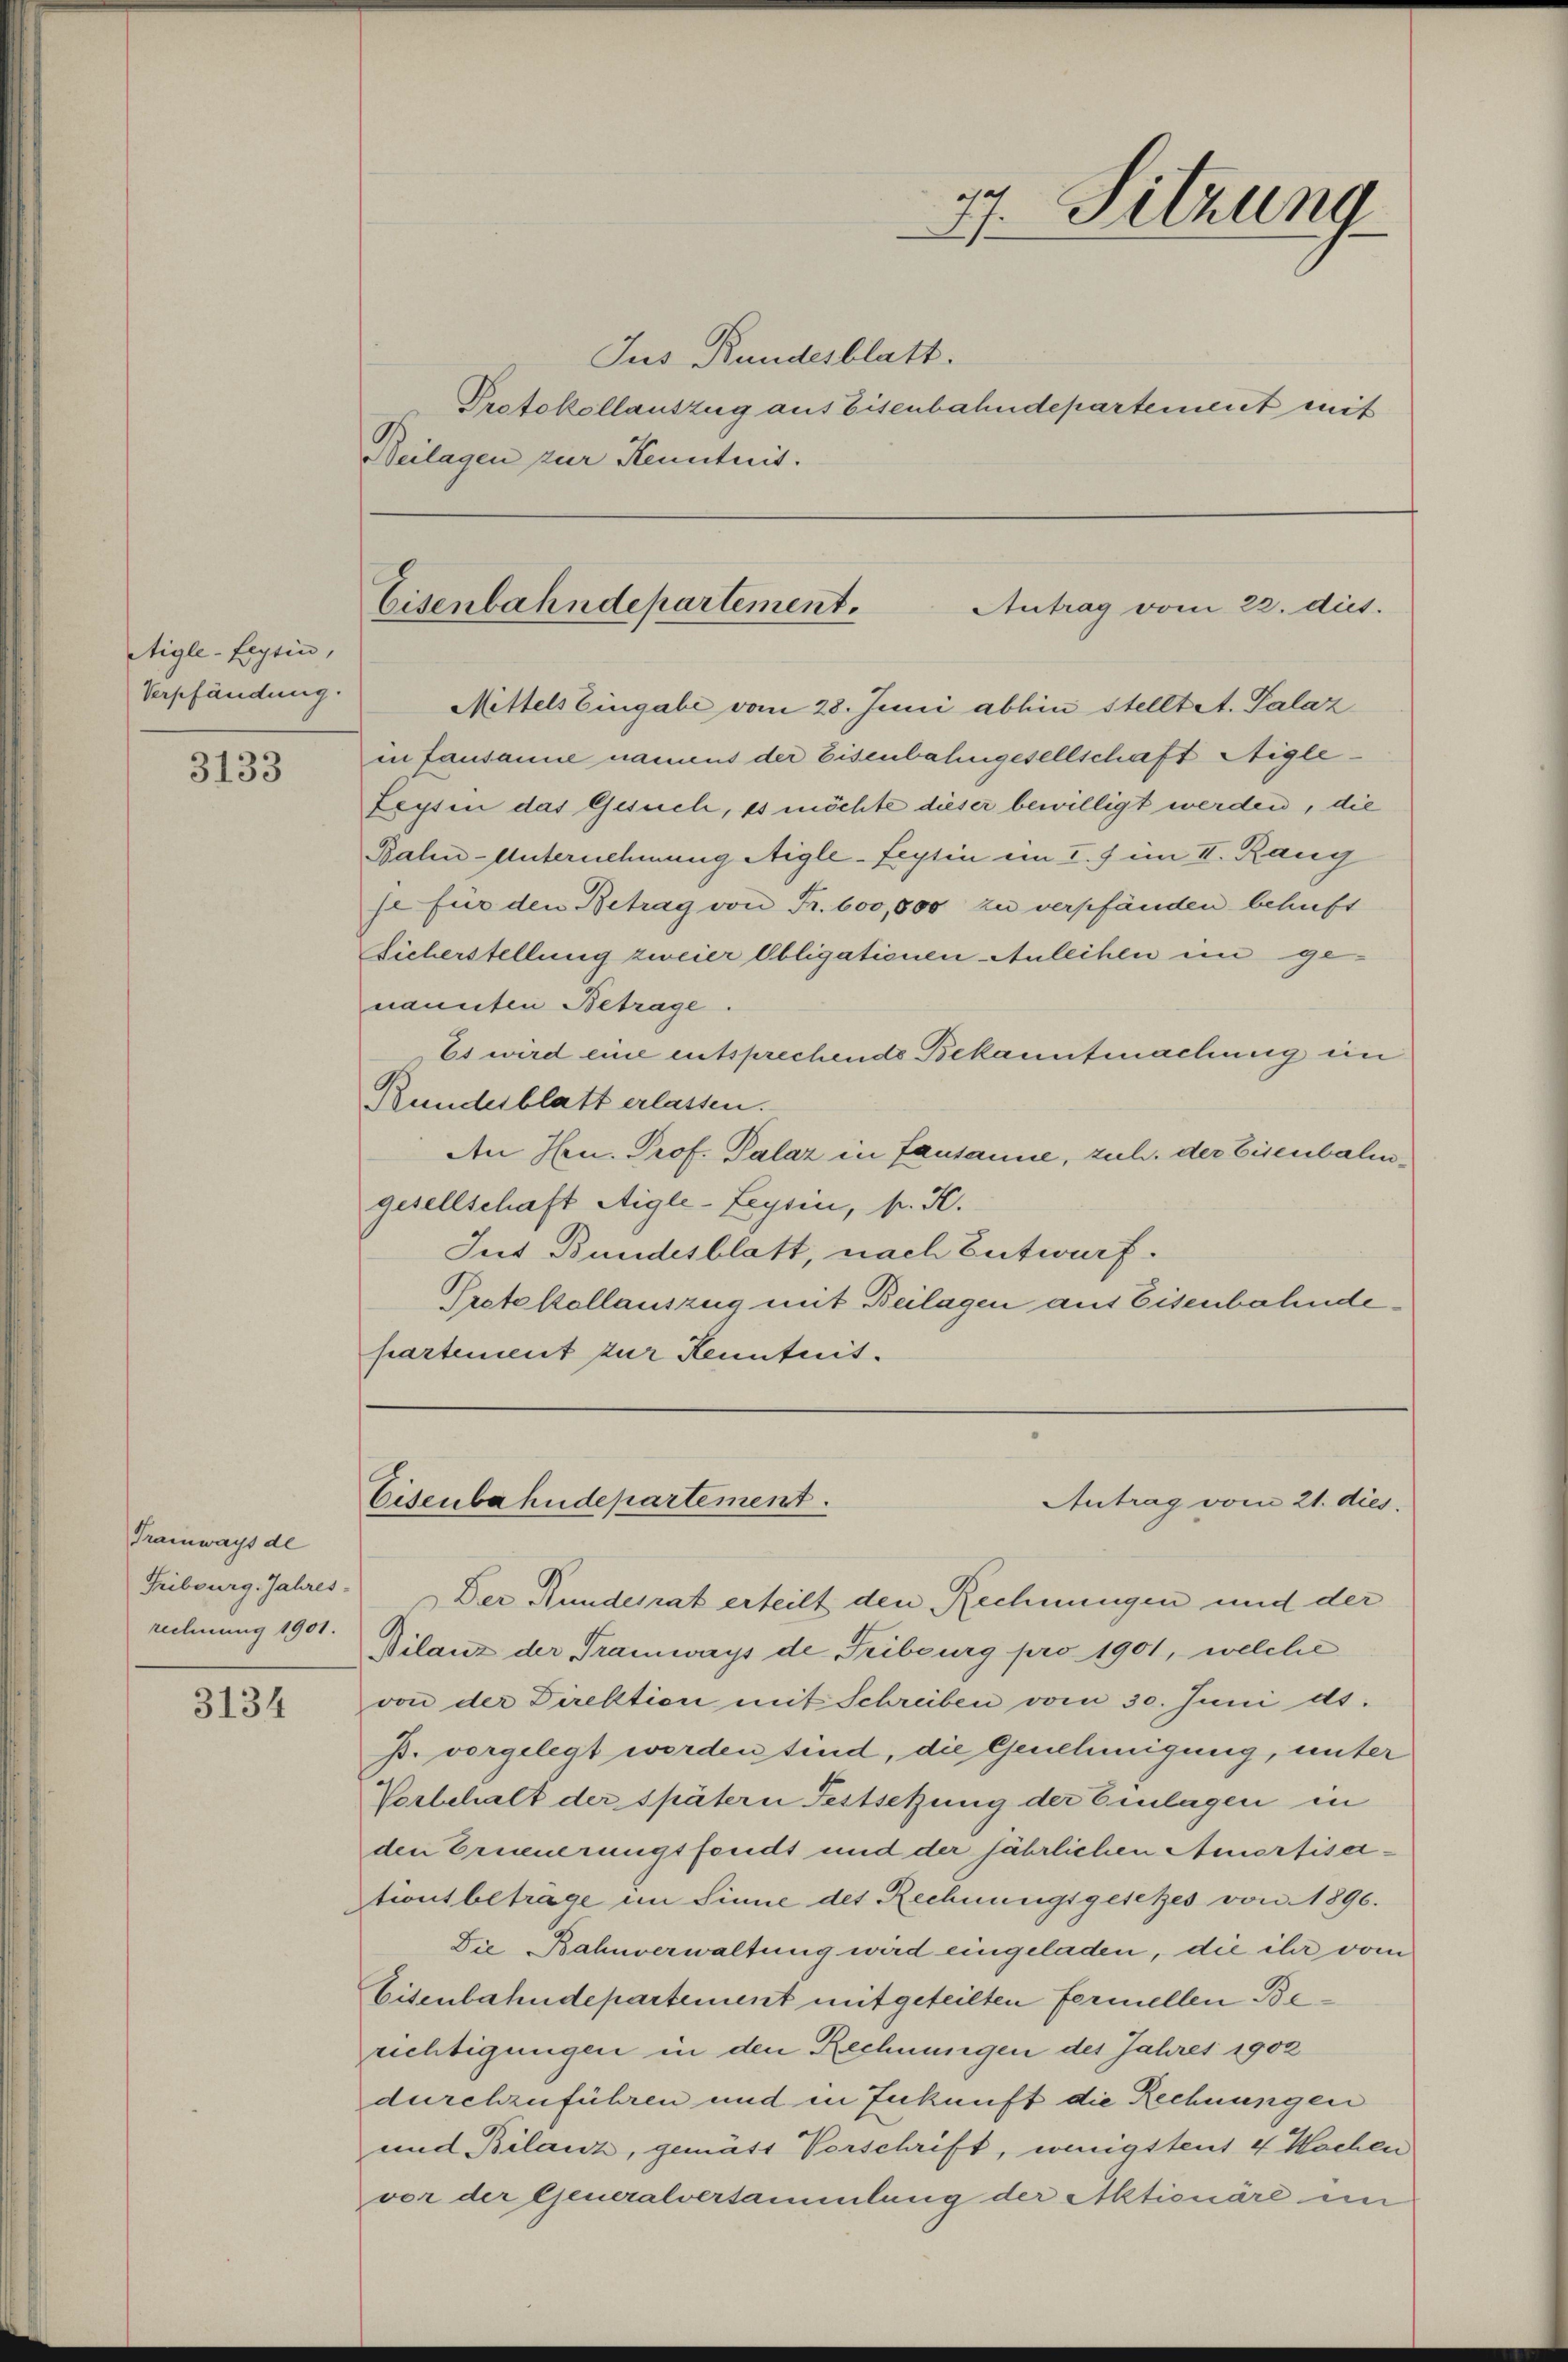
Aigle-Leytin,
Verpfändung.

3133

Tramways de
Fribourg. Jahres-
rechnung 1901.

3134

Jus Bundesblatt.
Protokollauszug aus Eisenbahndepartement mit
Beilagen zur Kenntnis.

Mittels Eingabe vom 28. Juni abhin stelltet. Palaz
in fausanne namens der Eisenbahngesellschaft Aigle¬
Leyten das Gesuch, es möchte dieser bewilligt werden, die
Bahn-Unternehmung Aigle-Leytin im I. f im II. Rang
se für den Betrag von Fr. 600,800 zu verpfänden behaft
Licherstellung zweier Obligationen Anleihen in genannten Betrage.
Es wird eine entsprechende Bekanntmachung ei
Rundesblatt erlassen.
An Hrn. Prof. Palaz in Lausanne, zuh. der Eisenbaligesellschaft Aigle-Leysin, pr. K.
Ius Bundesblatt, nach Entwurf.
Protokollauszug mit Beilagen aus Eisenbahndepartement zur Kenntnis.

ejas
 Sitzung

Eisenbahndepartement.
Antrag vom 22. dies.

Eisenbahndepartement.
Antrag vom 21. dies

Der Kundesrat erteilt den Rechnungen und der
Vilanz der Tramways de Fribourg pro 1901, welche
von der Direktion mit Schreiben vom 30. Juni ds.
p. vorgelegt worden sind, die Genehmigung, unter
Vorbehalt der spätern Festsetzung der Einlagen in
den Erneuerungsfonds und der jährlichen Amortisetionsbeträge im Sinne des Rechnungsgesetzes von 1896.
Die Bahnverwaltung wird eingeladen, die ihr vom
Eisenbahndepartement mitgeteilten fermellen Berichtigungen in den Rechnungen des Jahres 1902
durchzuführen und in Zukunft die Rechnungen
und Bilanz, gemäss Vorschrift, wenigstens 4 Wochen
vor der Generalversammlung der Aktionäre im